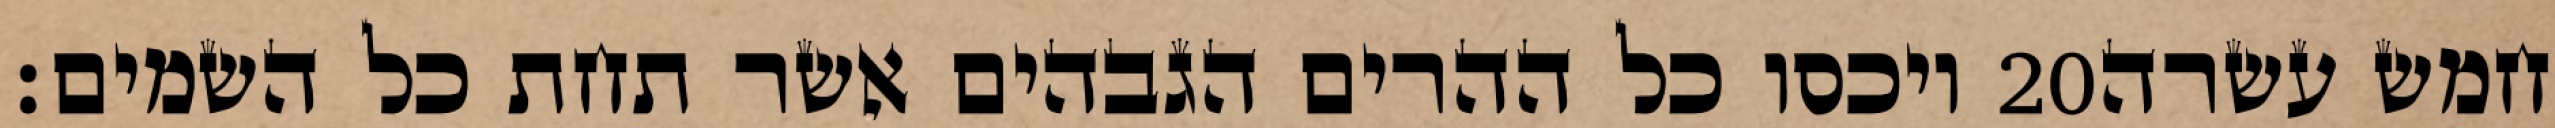
ויכסו כל ההרים הגבהים אשר תחת כל השמים׃ ‎20‏ חמש עשרה